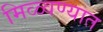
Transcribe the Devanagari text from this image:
मिळ्वण्यात